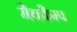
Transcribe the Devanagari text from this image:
मैथकैम्प